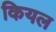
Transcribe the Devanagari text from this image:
कियल